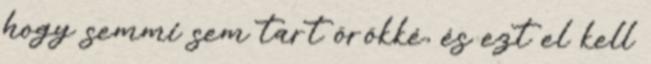
hogy semmi sem tart örökké, és ezt el kell